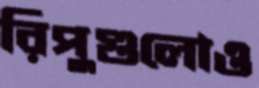
রিপুগুলোও